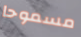
مسموحا